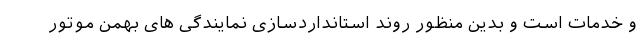
و خدمات است و بدین منظور روند استانداردسازی نمایندگی های بهمن موتور